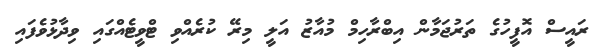
ރައީސް އޮފީހުގެ ތަރުޖަމާން އިބްރާހިމް މުއާޒު އަލީ މިރޭ ކުރެއްވި ޓްވީޓެއްގައި ވިދާޅުވެފައި